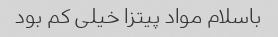
باسلام مواد پیتزا خیلی کم بود